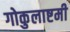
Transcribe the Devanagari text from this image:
गोकुलाष्टमी